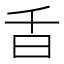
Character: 𣅌